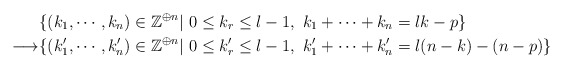
\begin{align*}&\{(k_1, \cdots, k_n)\in\mathbb{Z}^{\oplus n}|\ 0\leq k_r\leq l-1,\ k_1+\cdots+k_n=lk-p\}\\\longrightarrow &\{(k_1', \cdots, k_n')\in\mathbb{Z}^{\oplus n}|\ 0\leq k_r'\leq l-1,\ k_1'+\cdots+k_n'=l(n-k)-(n-p)\}\end{align*}